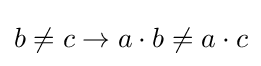
b\neq c\to a\cdot b\neq a\cdot c